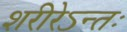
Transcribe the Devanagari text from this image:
शरीरेऽन्तः